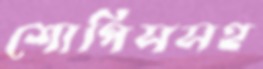
শোপিসসহ